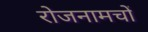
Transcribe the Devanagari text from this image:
रोजनामचों